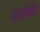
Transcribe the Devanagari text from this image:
कठफोडा